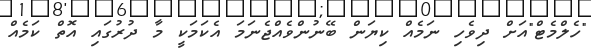
"ހެލްމެޓް"އަށް ދިވެހި ނަމެއް ކިޔަން ބޭނުންވެއްޖެނަމަ އެކަމަކީ މާ ދުރުގައި އޮތް ކަމެއް